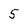
Character: 5